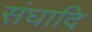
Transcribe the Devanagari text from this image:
संघादि